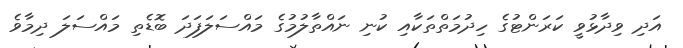
އަދި ވިދާޅުވީ ކަރަންޓުގެ ހިދުމަތްތަކާއި ކުނި ނައްތާލުމުގެ މައްސަލަފަދަ ބޮޑެތި މައްސަލަ ދިމާވެ